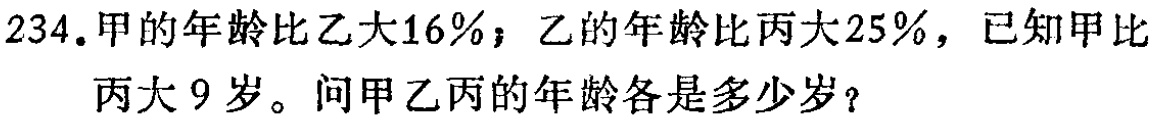
234.甲的年龄比乙大16%；乙的年龄比丙大25%，已知甲比丙大9岁。问甲乙丙的年龄各是多少岁？